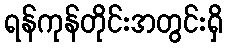
ရန်ကုန်တိုင်းအတွင်းရှိ